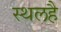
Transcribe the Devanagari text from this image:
स्थलहै